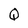
Character: Q